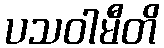
ပသဝါမီတိ